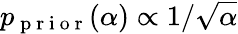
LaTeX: p_{\mathrm{~p~r~i~o~r~}}(\alpha)\propto 1/\sqrt{\alpha}